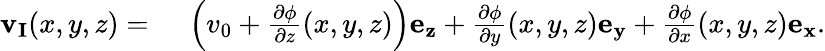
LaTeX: \begin{array}{rl}{\mathbf{v_{I}}(x,y,z)={}}&{{}\left(v_{0}+\frac{\partial\phi}{\partial z}(x,y,z)\right)\mathbf{e_{z}}+\frac{\partial\phi}{\partial y}(x,y,z)\mathbf{e_{y}}+\frac{\partial\phi}{\partial x}(x,y,z)\mathbf{e_{x}}.}\end{array}